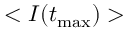
< I ( t _ { \mathrm { m a x } } ) >